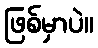
ဖြစ်မှာပဲ။